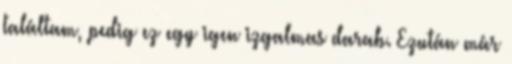
találtam, pedig ez egy igen izgalmas darab. Ezután már